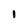
Character: I